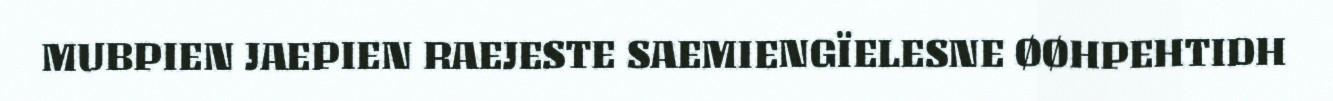
MUBPIEN JAEPIEN RAEJESTE SAEMIENGÏELESNE ØØHPEHTIDH